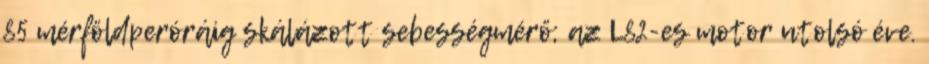
85 mérföldperóráig skálázott sebességmérő; az L82-es motor utolsó éve.